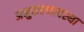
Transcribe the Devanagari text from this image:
अनुकरणावस्था